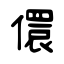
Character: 儇